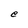
Character: e